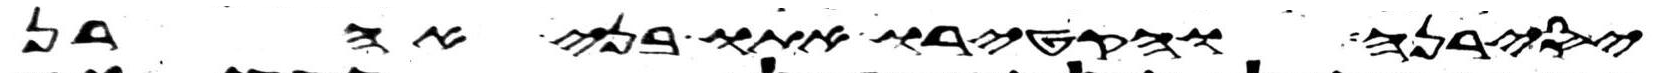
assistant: יסירנה והקטירו אתו בני אהרן